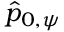
\hat { p } _ { 0 , \psi }